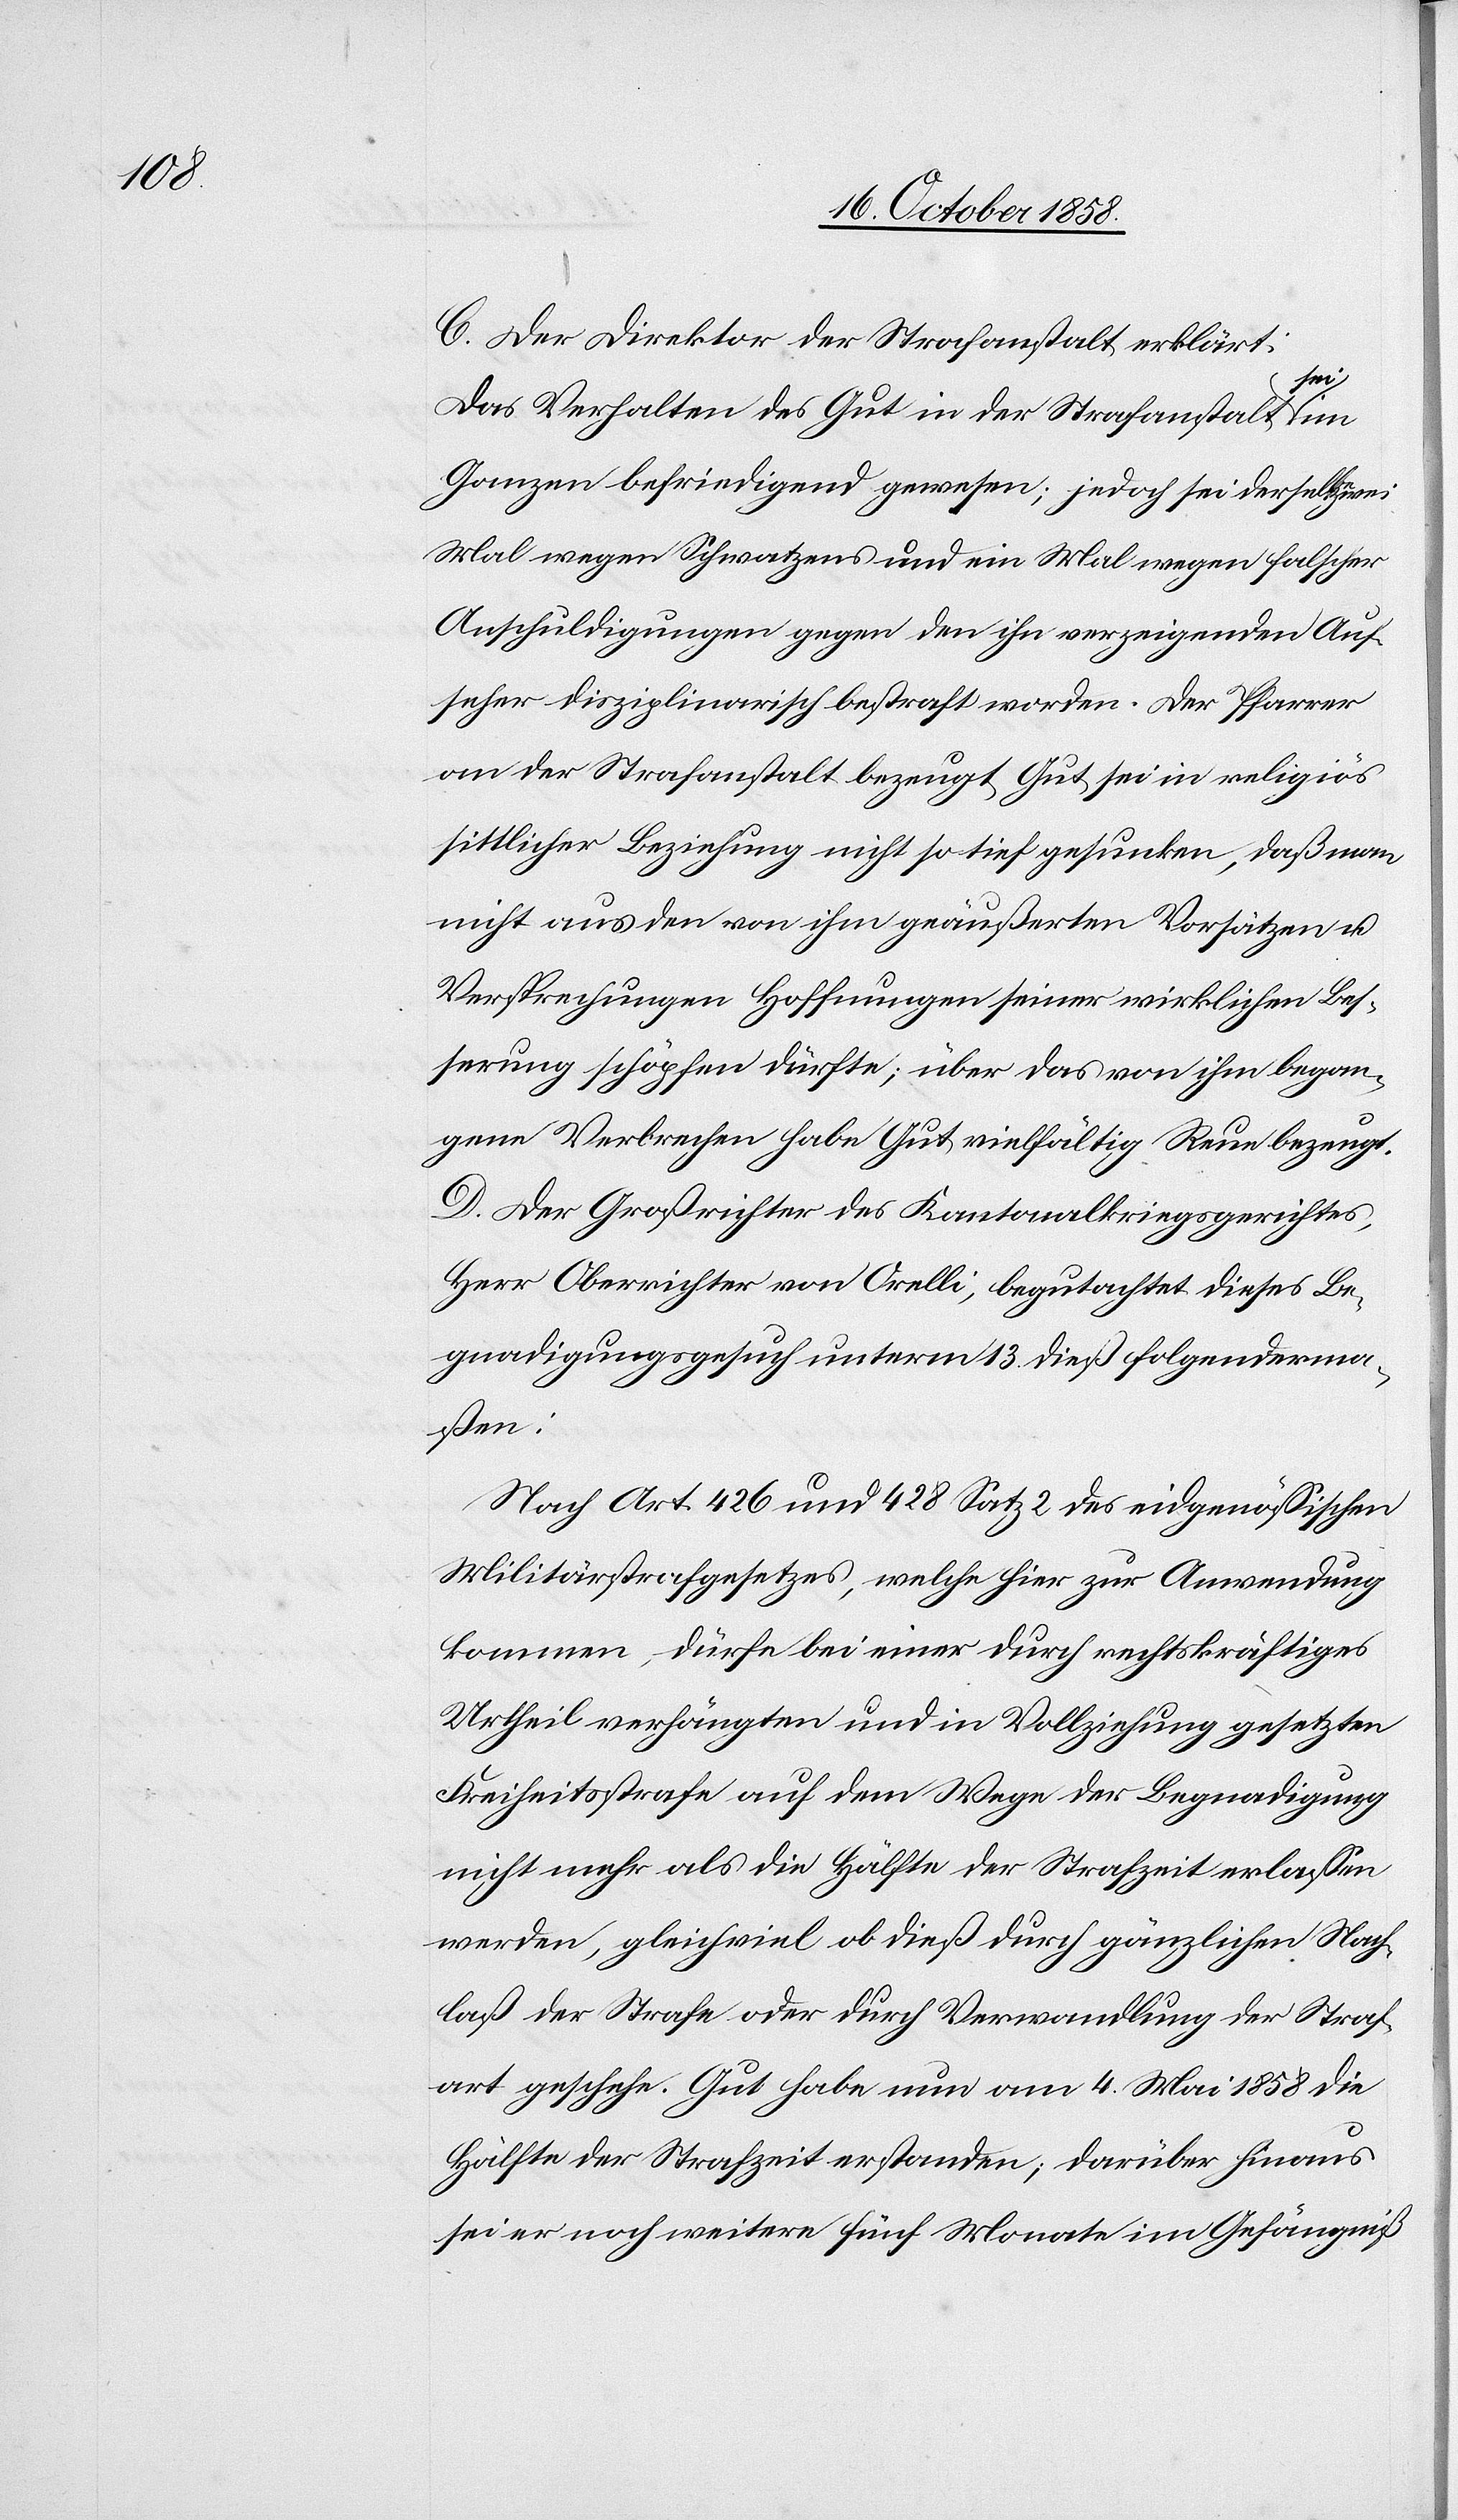
C. Der Direktor der Strafanstalt erklärt:
Das Verhalten des Gut in der Strafanstalt sei
Ganzen befriedigend gewesen; jedoch sei derselbe zwei
Mal wegen Schwatzens und ein Mal wegen falscher
Anschuldigungen gegen den ihn verzeigenden Auf¬
seher disziplinarisch bestraft worden. Der Pfarrer
an der Strafanstalt bezeugt Gut sei in religiös
sittlicher Beziehung nicht so tief gesunken, daß man
nicht aus den von ihm geäußerten Vorsätzen u.
Versprechungen Hoffnungen seiner wirklichen Bes¬
serung schöpfen dürfte; über das von ihm began¬
gene Verbrechen habe Gut vielfältig Reue bezeugt.
D. Der Großrichter des Kantonalkriegsgerichtes,
Herr Oberrichter von Orelli, begutachtet dieses Be¬
gnadigungsgesuch unterm 13. dieß folgenderma¬
ßen:
Nach Art. 426 und 428 Satz 2 des eidgenössischen
Militärstrafgesetzes, welche hier zur Anwendung
kommen, dürfe bei einer durch rechtskräftiges
Urtheil verhängten und in Vollziehung gesetzten
Freiheitsstrafe auf dem Wege der Begnadigung
nicht mehr als die Hälfte der Strafzeit erlassen
werden, gleichviel ob dieß durch gänzlichen Nach¬
laß der Strafe oder durch Verwandlung der Straf¬
art geschehe. Gut habe nun am 4. Mai 1858 die
Hälfte der Strafzeit erstanden; darüber hinaus
sei er noch weitere fünf Monate im Gefängniß